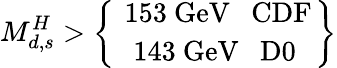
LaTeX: M_{d,s}^{H}>\left\{ \ {153\ \mathrm{GeV}\ \ \ \mathrm{CDF}}\atop{143\ \mathrm{GeV}\ \ \ \mathrm{D0}}\right\}